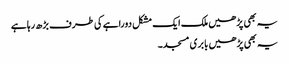
یہ بھی پڑھیں ملک ایک مشکل دوراہے کی طرف بڑھ رہا ہے
یہ بھی پڑھیں بابری مسجد۔